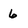
Character: 6